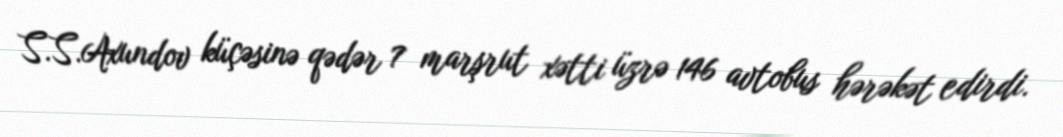
S.S.Axundov küçəsinə qədər 7 marşrut xətti üzrə 146 avtobus hərəkət edirdi.